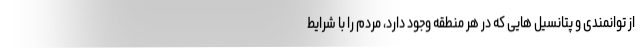
از توانمندی و پتانسیل هایی که در هر منطقه وجود دارد، مردم را با شرایط